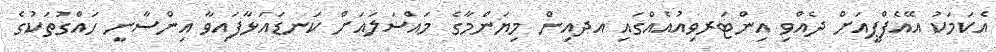
އެކަމަކު އޭއެފްޕީއަށް ދެއްވި އިންޓަރވިއުއެއްގައި އދއިން މިޔަންމާގެ މައްސަލައަށް ކަނޑައަޅާފައިވާ އިންސާނީ ހައްގުތަކުގެ